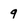
Character: 9